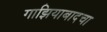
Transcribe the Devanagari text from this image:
गाझियाबादचा